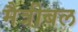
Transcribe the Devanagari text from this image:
मैत्रीबल